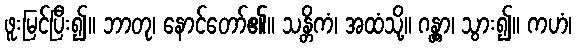
ဖူးမြင်ပြီး၍။ ဘာတု၊ နောင်တော်၏။ သန္တိကံ၊ အထံသို့။ ဂန္တွာ၊ သွား၍။ ကဟံ၊